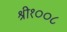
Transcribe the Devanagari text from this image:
श्री१००८